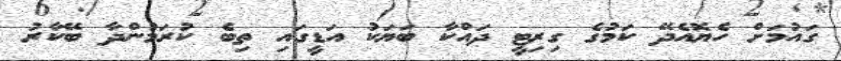
ގައުމަށް ހެޔޮއެދޭ ކަމުގެ ގިރިޓީ ދައްކާ ބަޔަކު އަޑީގައި ތިބެ ކުރަމުންދާ ބޭކާރު